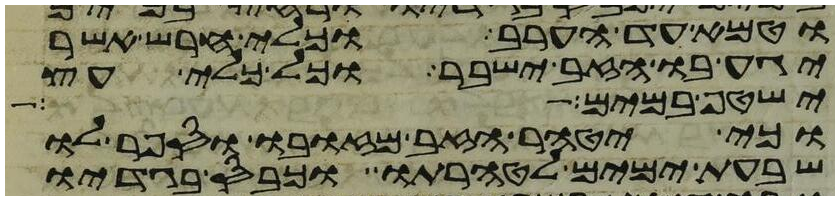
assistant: וטמא עד הערב וכלי חרש אשר
יגע בו הזב ישבר וכל כלי עץ
ישטף במים
וכי יטהר הזב מזובו וספר לו
שבעת ימים לטהרתו וכבס בגדיו